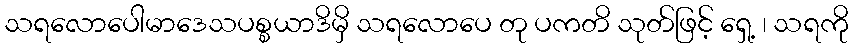
သရလောပေါမာဒေသပစ္စယာဒိမှိ သရလောပေ တု ပကတိ သုတ်ဖြင့် ရှေ့ ၊ သရကို